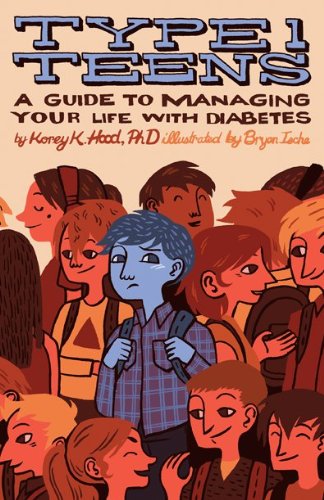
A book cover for Type 1 Teens: A Guide to Managing Your Diabetes; Korey K., Ph.D. Hood; Teen & Young Adult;